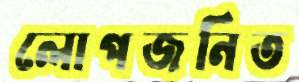
লোপজনিত